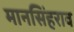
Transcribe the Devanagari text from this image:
मानसिंहराव